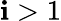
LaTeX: \mathbf{i}>1